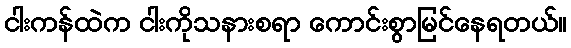
ငါးကန်ထဲက ငါးကိုသနားစရာ ကောင်းစွာမြင်နေရတယ်။